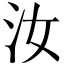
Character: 汝